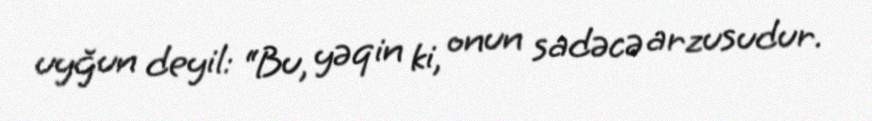
uyğun deyil: “Bu, yəqin ki, onun sadəcə arzusudur.